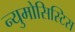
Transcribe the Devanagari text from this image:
न्युमोसिस्टिस